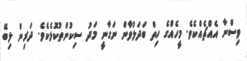
ވިސްނާ އެއްޗެއްކެވެ. މީހެއްގެ ހިތް ބަދަލުވާން ނަގާނީ މަދު ސިކުންތުކޮޅެކެވެ. ދަރިން ލިބޭ